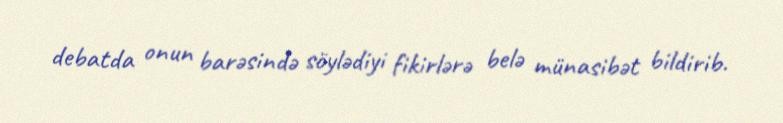
debatda onun barəsində söylədiyi fikirlərə belə münasibət bildirib.